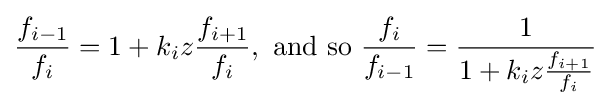
{\frac {f_{i-1}}{f_{i}}}=1+k_{i}z{\frac {f_{i+1}}{f_{i}}},{\text{ and so }}{\frac {f_{i}}{f_{i-1}}}={\frac {1}{1+k_{i}z{\frac {f_{i+1}}{f_{i}}}}}